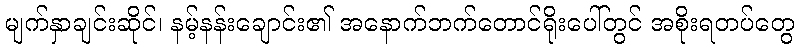
မျက်နှာချင်းဆိုင်၊ နမ့်နန်းချောင်း၏ အနောက်ဘက်တောင်ရိုးပေါ်တွင် အစိုးရတပ်တွေ